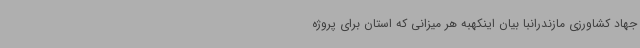
جهاد کشاورزی مازندرانبا بیان اینکهبه هر میزانی که استان برای پروژه